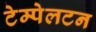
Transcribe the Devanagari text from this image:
टेम्पेलटन